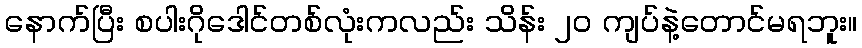
နောက်ပြီး စပါးဂိုဒေါင်တစ်လုံးကလည်း သိန်း ၂၀ ကျပ်နဲ့တောင်မရဘူး။